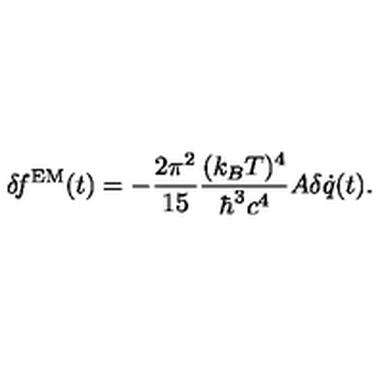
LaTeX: \delta \! f ^ { \mathrm { E M } } ( t ) = - { \frac { 2 \pi ^ { 2 } } { 1 5 } } { \frac { ( k _ { B } T ) ^ { 4 } } { \hbar ^ { 3 } c ^ { 4 } } } A \delta \dot { q } ( t ) .